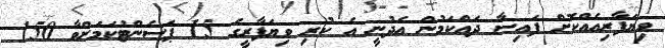
ވިޔަފާރިއެއްކޮށް ފައިސާ ދައްކަމުން އެދުނީ އެ ކުރި ވިޔަފާރީގެ 15 ޕަސެންޓުކަމަށްވާ 150